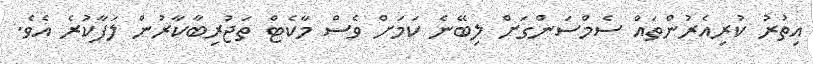
އިތުރު ކުރިއެރުންތައް ސެމްސަންގަށް ލިބޭނެ ކަމަށް ވެސް މާކެޓް ތަޖުރިބާކާރުން ލަފާކުރެ އެވެ.